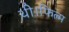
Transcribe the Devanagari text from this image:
थी।फिल्म